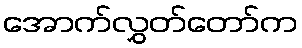
အောက်လွှတ်တော်က